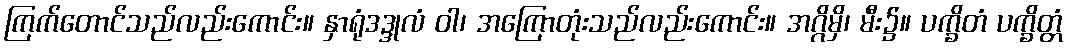
ကြက်တောင်သည်လည်းကောင်း။ နှာရုံဒဒ္ဒုလံ ဝါ၊ အကြောတုံးသည်လည်းကောင်း။ အဂ္ဂိမှိ၊ မီး၌။ ပက္ခိတံ ပက္ခိတ္တံ